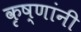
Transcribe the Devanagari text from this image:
कृष्णांनी